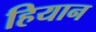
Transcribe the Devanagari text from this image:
हियान